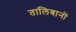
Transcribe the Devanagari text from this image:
तालिबानों